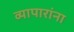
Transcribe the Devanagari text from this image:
व्यापारांना